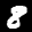
Label: 8